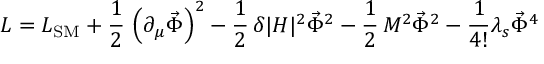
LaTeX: { \cal L } = { \cal L } _ { \mathrm { S M } } + \frac { 1 } { 2 } \, \left( \partial _ { \mu } \vec { \Phi } \right) ^ { 2 } - \frac { 1 } { 2 } \, \delta | H | ^ { 2 } \vec { \Phi } ^ { 2 } - \frac { 1 } { 2 } \, M ^ { 2 } \vec { \Phi } ^ { 2 } - \frac { 1 } { 4 ! } \lambda _ { s } \vec { \Phi } ^ { 4 }